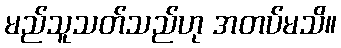
မည်သူသတ်သည်ဟု အတပ်မသိ။